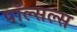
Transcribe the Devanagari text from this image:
पॉल्सल्स